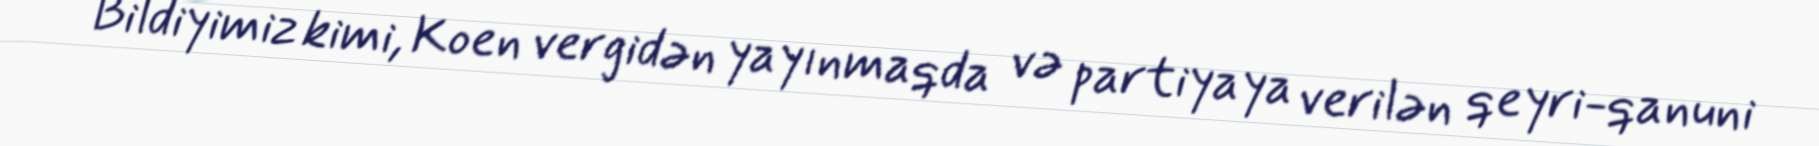
Bildiyimiz kimi, Koen vergidən yayınmaqda və partiyaya verilən qeyri-qanuni